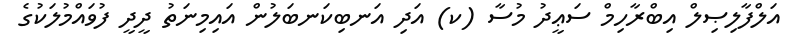
އަލްފާލިޞިލް އިބްރާހިމް ސަޢީދު މުސާ (ކ) އަދި އަނބިކަނބަލުން އައިމިނަތު ދީދީ ފުވައްމުލަކުގެ